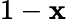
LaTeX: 1-\mathbf{x}